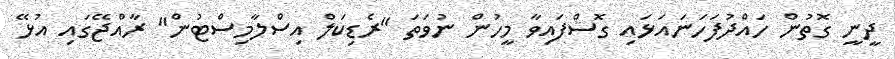
ދީނީ ގޮތުން ހައްދުފަހަނައަޅައި ގޮސްފައިވާ މީހުން ނުވަތަ "ރެޑިކަލް އިސްލާމިސްޓުން" ރާއްޖޭގައި އުޅޭ